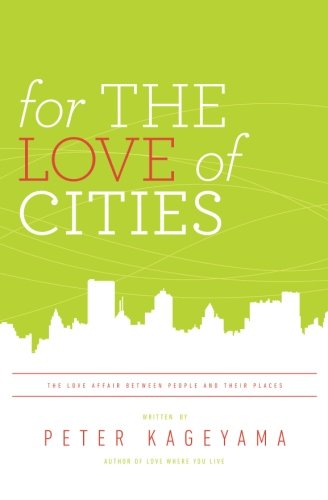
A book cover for For the Love of Cities: The love affair between people and their places; Peter Kageyama; Politics & Social Sciences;